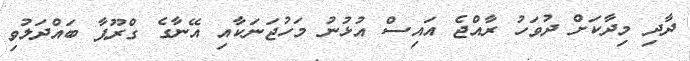
ދާދި މިދާކަށް ދުވަހު ރާއްޖެ އައިސް އުޅުނު މަހުޖަނަކާއި އޭނާގެ ގްރޫޕާ ބައްދަލުވި